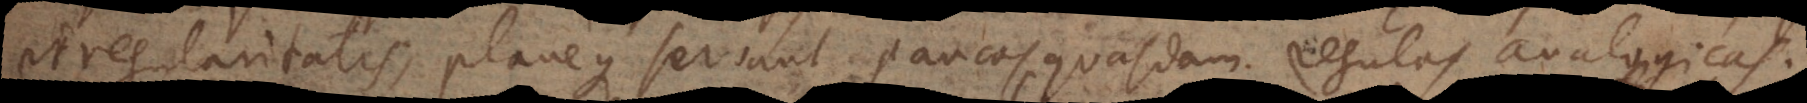
ritatis, planeque servant paucos quasdam regulas analogicas.